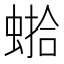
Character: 𱿰